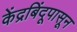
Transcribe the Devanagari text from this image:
केंद्रबिंदूपासून